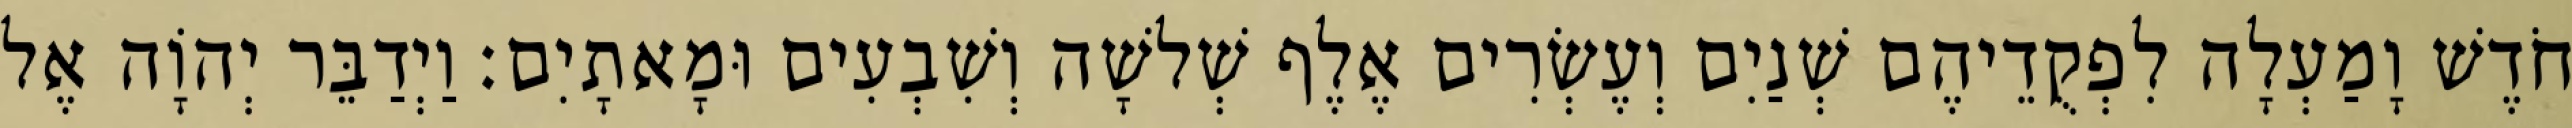
חֹדֶשׁ וָמַעְלָה לִפְקֻדֵיהֶם שְׁנַיִם וְעֶשְׂרִים אֶלֶף שְׁלשָׁה וְשִׁבְעִים וּמָאתָיִם׃ וַיְדַבֵּר יְהוָֹה אֶל